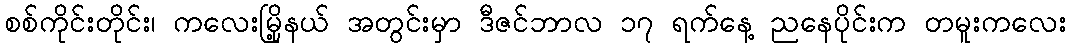
စစ်ကိုင်းတိုင်း၊ ကလေးမြို့နယ် အတွင်းမှာ ဒီဇင်ဘာလ ၁၇ ရက်နေ့ ညနေပိုင်းက တမူးကလေး